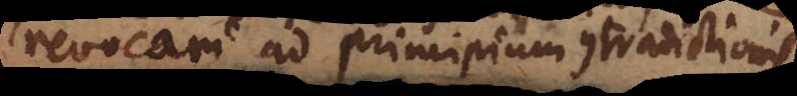
revocari ad principium contradictionis;